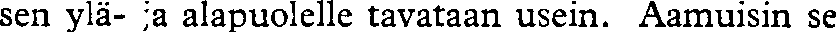
sen ylä- ja alapuolelle tavataan usein. Aamuisin se